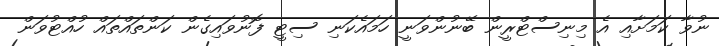
ނުވާ ކަމަށާއި އެ މިނިސްޓްރީން ބޭނުންވަނީ ހަމައެކަނި ސިޓީ ފޮނުވައިގެން ކަންތައްތައް ހުއްޓުވަން